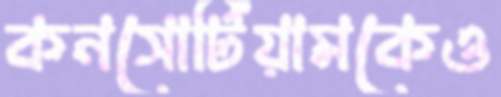
কনসোর্টিয়ামকেও